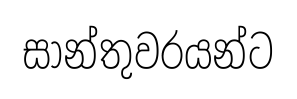
සාන්තුවරයන්ට